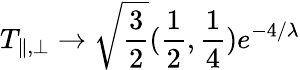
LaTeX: T_{\parallel,\bot}\to\sqrt{{\frac{3}{2}}}({\frac{1}{2}},{\frac{1}{4}})e^{-4/\lambda}